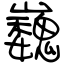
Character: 巍